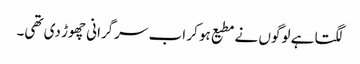
لگتا ہے لوگوں نے مطیع ہو کر اب سرگرانی چھوڑ دی تھی۔